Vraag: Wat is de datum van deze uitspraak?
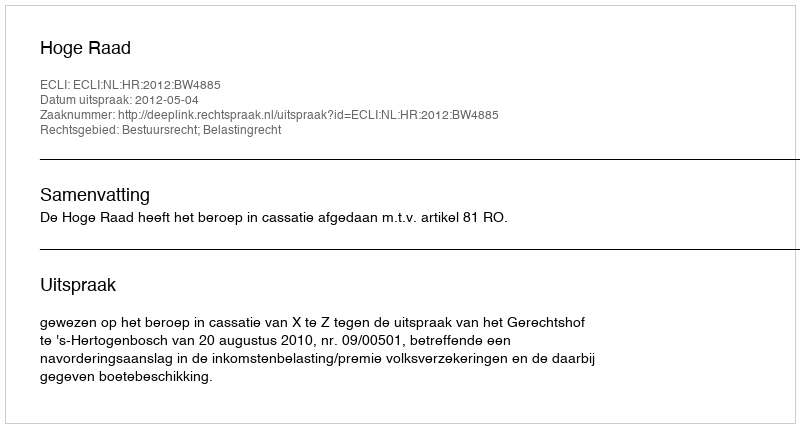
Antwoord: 2012-05-04